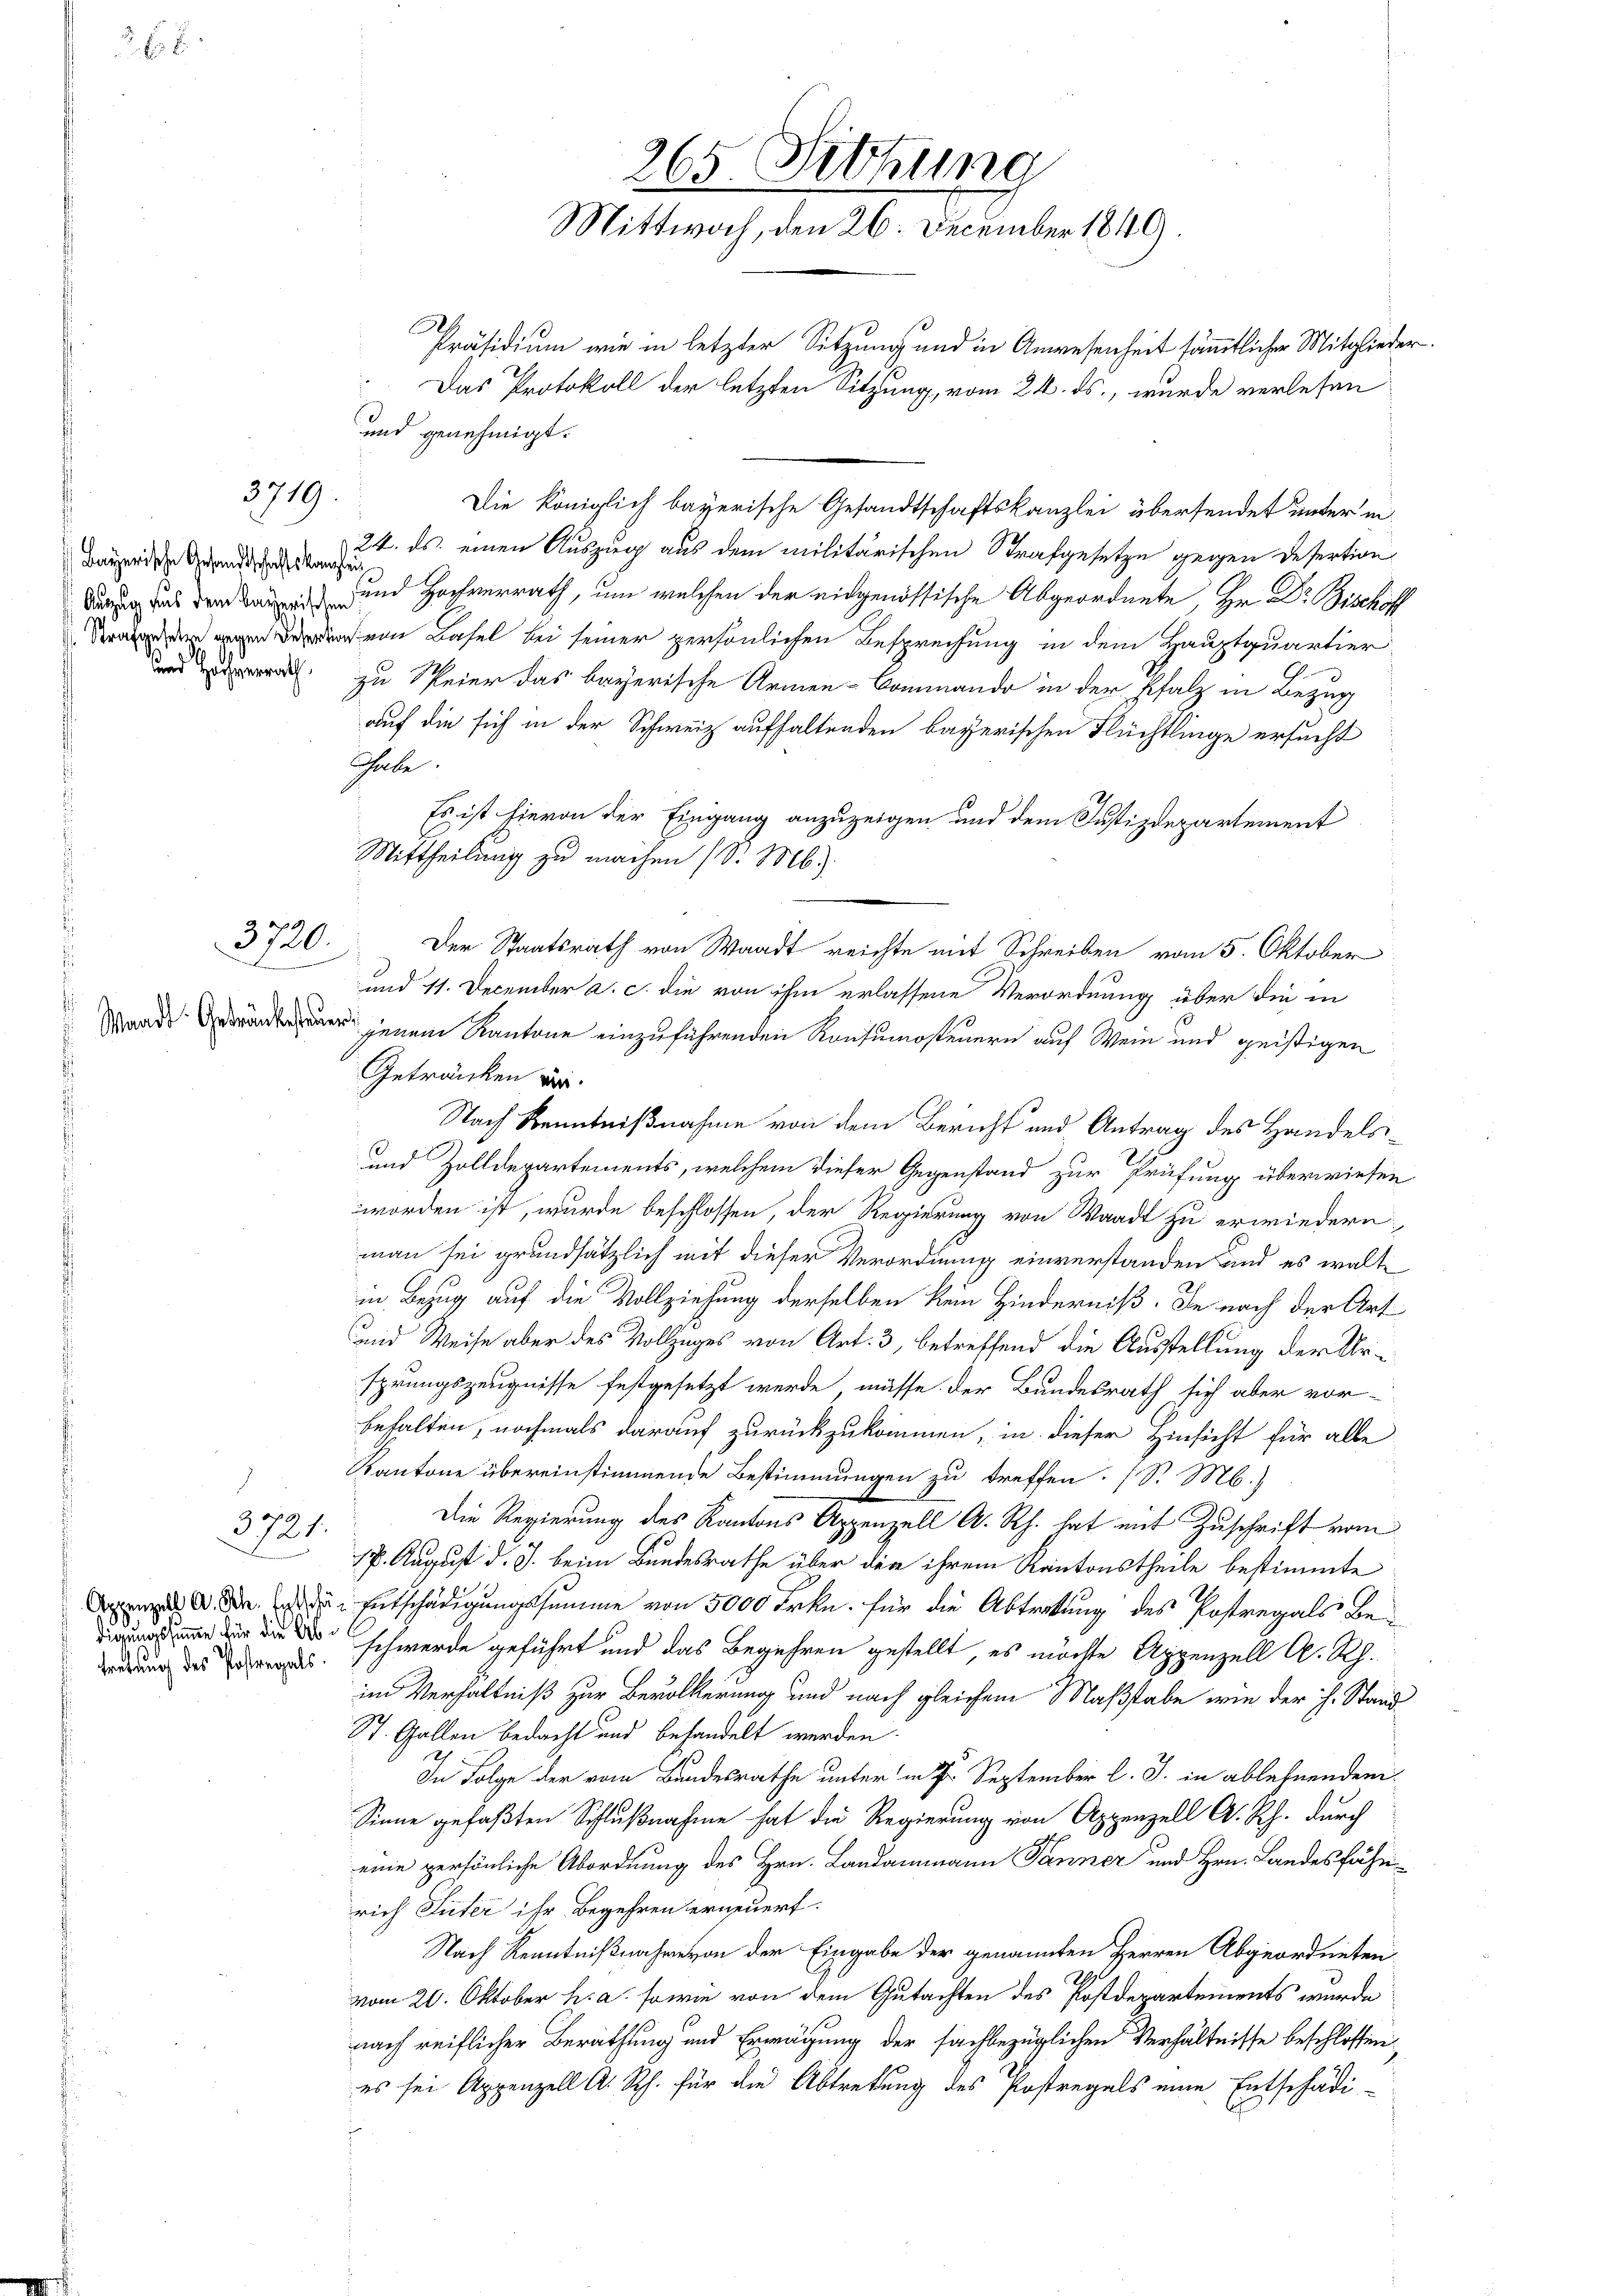
2 x

Bayerische Gesandtschaftskanzlei

i

2719.

3720.

Waadt: Gedrücksteuer

3721.

Appenzell A. Sch. Entschädigungssumme für die Abtretung des Postregals

265. Fettung
Mittwoch, den 26. December 1849.

Präsidium wie in letzter Sitzung und in Anwesenheit sämmtlicher Mitglieder.
Das Protokoll der letzten Sitzung, vom 24. ds., wurde verlesen
und genehmigt.
Die Königlich bayerische Gesandtschaftskanzlei übersendet unter in
24. ds. einen Auszug aus dem militärischen Strafgesetze gegen Desertion
 und Hochverrath, um welchen der eidgenössische Abgeordnete, Hr. Dr. Bischöff
ein Basel bei seiner persönlichen Besprechung in dem Hauptquartier
a zu Steier das bayerische Armen-Commando in der Pfalz in Bezug
auf die sich in der Schweiz aufhaltenden bayerischen Flüchtlinge ersucht
Thale
Es ist hievon der Eingang anzuzeigen und dem Justizdepartement
Mittheilung zu machen (S. M.
Der Staatsrath von Waadt reichte mit Schreiben vom 5. Oktober
3
und 11. December a. c. die von ihm erlassene Verordnung über die in
e
jenem Kantone einzuführenden Konsumosteuern auf Wein und geistigen
Getränken vor.
Nach Kenntnißnahme von dem Bericht und Antrag des Handels¬
und Zolldepartements, welchem dieser Gegenstand zur Prüfung überwiesen
worden ist, wurde beschlossen, der Regierung von Waadt zu erwiedern,
man sei grundsätzlich mit dieser Verordnung einverstanden und es walte
in Bezug auf die Vollziehung derselben kein Hinderniß. Die nach der Art
und Weise aber des Vollzuges von Art. 3, betreffend die Ausstellung der Ursprungszeugnisse festgesetzt werde, müsse der Bundesrath sich aber vor-
behalten, nochmals darauf zurückzukommen, in dieser Hinsicht für alle
Kantone übereinstimmende Bestimmungen zu treffen. (S. M.)
Die Regierung des Kantons Appenzell A. Rh. hat mit Zuschrift vom
17. August d. J. beim Bundesrathe über den ihrem Kantonstheile bestimmte
 Entschädigungssumme von 5000 Frkn. für die Abtretung des Postregals Be-
schwerde geführt und das Begehren gestellt, es möchte Appenzell A. Rh.
im Verhältniß zur Bevölkerung und nach gleichem Maßstabe wie der H. Stand
St. Gallen bedacht und behandelt werden.
7
In Folge der vom Bundesrathe unter in Dr. September l. J. in ablehnenden
Sinne gefaßten Schlußnahme hat die Regierung von Appenzell A. Rh. durch
eine persönliche Abordnung des Hrn. Landammann Tanner und Hrn. Landesfähnrich Güter ihr Begehren erneuert.
Nach Kenntnißnahme von der Eingabe der genannten Herren Abgeordneten
vom 20. Oktober h. a. sowie von dem Gutachten des Postdepartements wurde
nach reiflicher Berathung und Erwägung der sachbezüglichen Verhältnisse beschlossen
es sei Appenzell A. Rh. für die Abtretung des Postregals eine Entschädi-